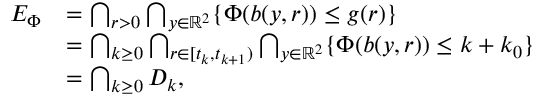
\begin{array} { r l } { E _ { \Phi } } & { = \bigcap _ { r > 0 } \bigcap _ { y \in \mathbb { R } ^ { 2 } } \{ \Phi ( b ( y , r ) ) \leq g ( r ) \} } \\ & { = \bigcap _ { k \geq 0 } \bigcap _ { r \in [ t _ { k } , t _ { k + 1 } ) } \bigcap _ { y \in \mathbb { R } ^ { 2 } } \{ \Phi ( b ( y , r ) ) \leq k + k _ { 0 } \} } \\ & { = \bigcap _ { k \geq 0 } D _ { k } , } \end{array}